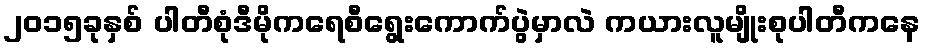
၂၀၁၅ခုနှစ် ပါတီစုံဒီမိုကရေစီရွေးကောက်ပွဲမှာလဲ ကယားလူမျိုးစုပါတီကနေ